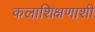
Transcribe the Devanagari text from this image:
कलाशिक्षणाशी